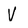
Character: V